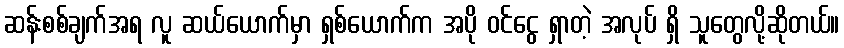
ဆန်းစစ်ချက်အရ လူ ဆယ်ယောက်မှာ ရှစ်ယောက်က အပို ဝင်ငွေ ရှာတဲ့ အလုပ် ရှိ သူတွေလို့ဆိုတယ်။